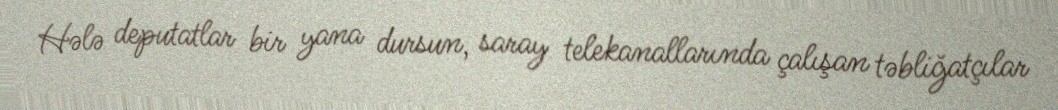
Hələ deputatlar bir yana dursun, saray telekanallarında çalışan təbliğatçılar